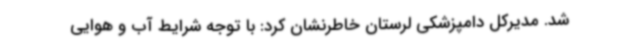
شد. مدیرکل دامپزشکی لرستان خاطرنشان کرد: با توجه شرایط آب و هوایی